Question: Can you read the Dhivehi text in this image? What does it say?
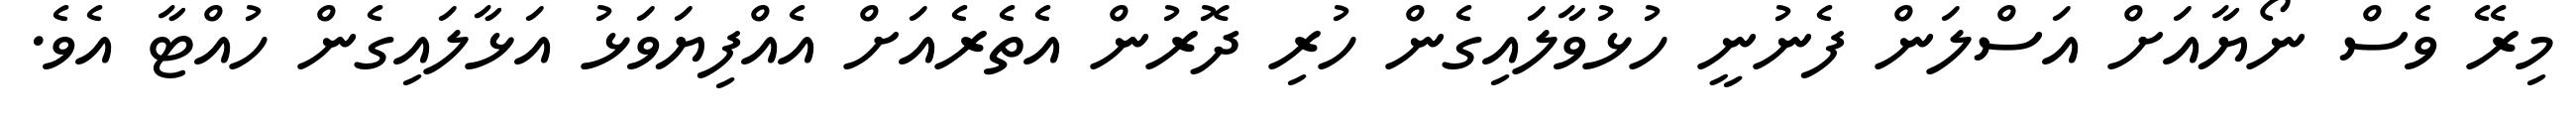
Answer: މިރޭ ވެސް ނޯޔާއަށް އަސްލަން ފެނުނީ ހުޅުވާލައިގެން ހުރި ދޮރުން އެތެރެއަށް އެއްފިޔަވަޅު އަޅާލައިގެން ހުއްޓާ އެވެ.